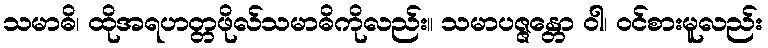
သမာဓိ၊ ထိုအရဟတ္တဖိုလ်သမာဓိကိုလည်း။ သမာပဇ္ဇန္တော ဝါ၊ ဝင်စားမူလည်း